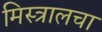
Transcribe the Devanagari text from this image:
मिस्त्रालचा